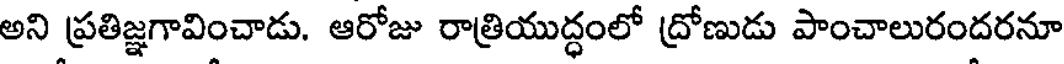
అని ప్రతిజ్ఞగావించాడు. ఆరోజు రాత్రియుద్ధంలో ద్రోణుడు పాంచాలురందరనూ